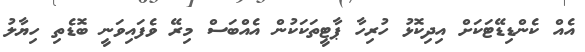
އެއް ކެންޑިޑޭޓަކަށް އިދިކޮޅު ހުރިހާ ޕާޓީތަކަކުން އެއްބަސް މިރޭ ވެފައިވަނީ ބޮޑެތި ހިޔާލު